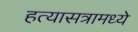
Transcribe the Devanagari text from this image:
हत्यासत्रामध्ये